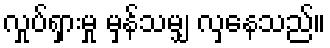
လှုပ်ရှားမှု မှန်သမျှ လှနေသည်။